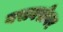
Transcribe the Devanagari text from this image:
बसबरोबर